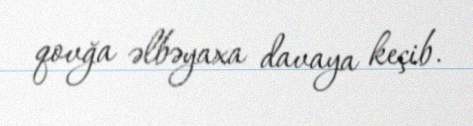
qovğa əlbəyaxa davaya keçib.